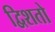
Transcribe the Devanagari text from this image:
द्विशतो